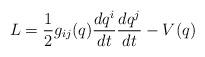
LaTeX: \begin{align*}L =\frac{1}{2} g_{ij} (q) \frac{dq^i}{dt} \frac{dq^j }{dt} - V(q) \end{align*}